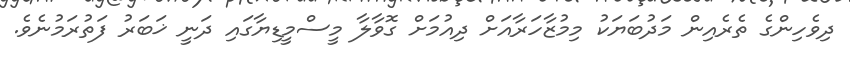
ދިވެހިންގެ ތެރެއިން މަދުބަޔަކު މިމުޒާހަރާއަށް ދިއުމަށް ގޮވާލާ މީސްމީޑިޔާގައި ދަނީ ޚަބަރު ފަތުރަމުނެވެ.